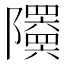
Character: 𬯦